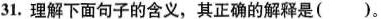
31.理解下面句子的含义，其正确的解释是()。